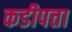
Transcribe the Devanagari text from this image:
कडीपत्ता